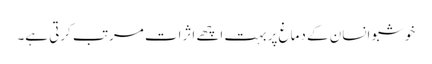
خوشبو انسان کے دماغ پر بہت اچھے اثرات مرتب کرتی ہے۔